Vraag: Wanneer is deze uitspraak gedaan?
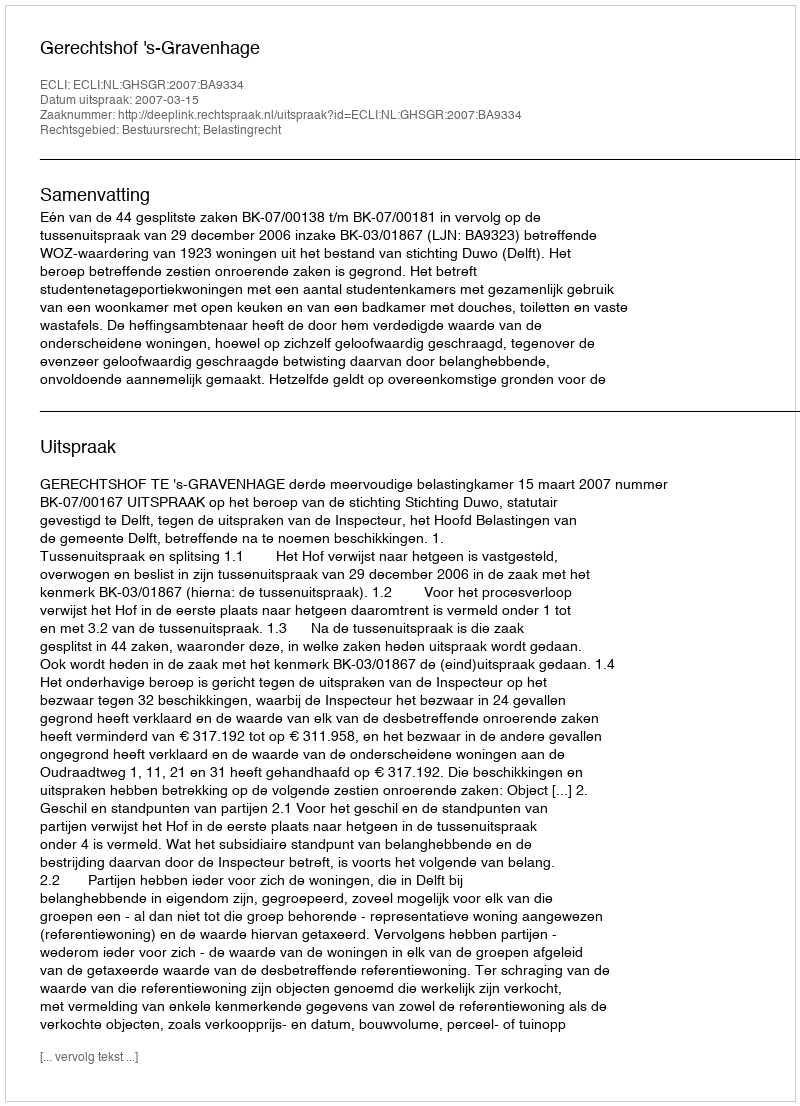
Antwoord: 2007-03-15